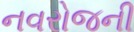
નવરોજની